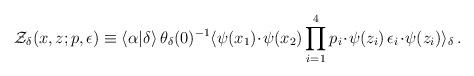
LaTeX: \begin{align*}{\cal Z}_{\delta}(x,z;p,\epsilon)\equiv\langle\alpha|\delta\rangle\,\theta_{\delta}(0)^{-1}\langle\psi(x_1)\!\cdot\!\psi(x_2)\prod_{i=1}^{4}p_i\!\cdot\!\psi(z_i)\,\epsilon_i\!\cdot\!\psi(z_i)\rangle_{\delta}\, .\end{align*}